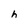
Character: h